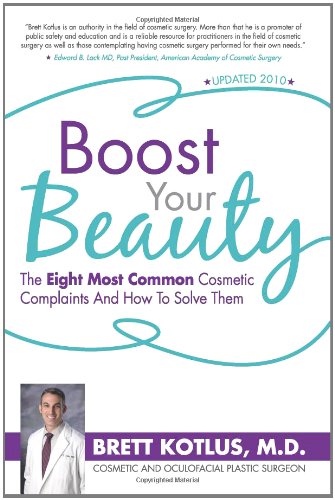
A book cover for Boost Your Beauty: The Eight Most Common Cosmetic Complaints And How To Solve Them; Brett Kotlus M.D.; Medical Books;